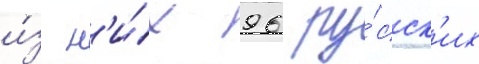
и́з н'и́х 96 ру́сск'их